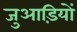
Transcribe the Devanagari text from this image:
जुआड़ियों